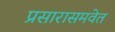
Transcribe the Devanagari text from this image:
प्रसारासमवेत